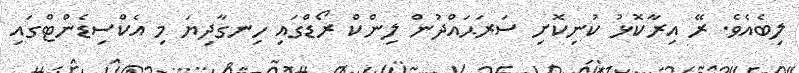
ލިބެއެވެ. ރޭ އިރާކޮޅު ކުނިކޮށި ސަރަޙައްދުން ލިންކް ރޯޑްގައި ހިނގާދިޔަ މި އެކްސިޑެންޓްގައި